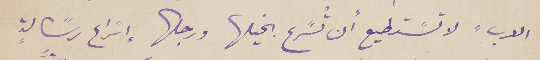
الاب" لا تسًتطيع أن تُسًرع بخيلها ورجالها إسًراع رسًالةٍ